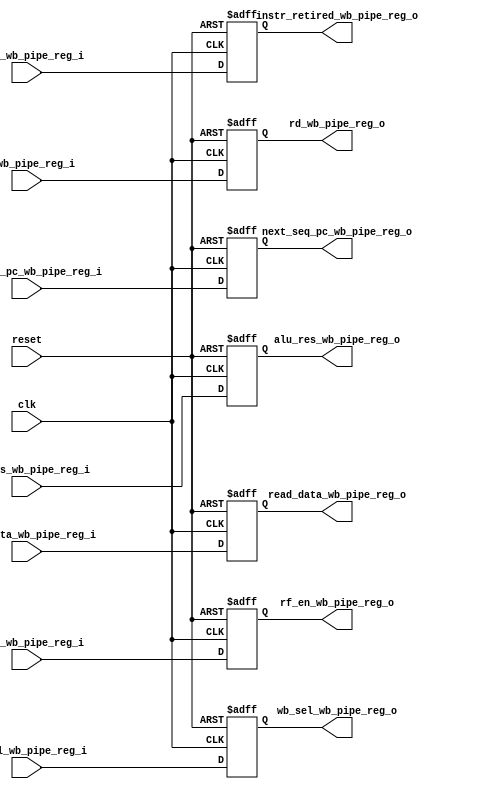
module wb_pipe_reg
    (
        input   wire        clk,
        input   wire        reset,
        // Inputs from the mem stage
        input   wire        valid_wb_pipe_reg_i,
        input   wire        rf_en_wb_pipe_reg_i,
        input   wire[1:0]   wb_sel_wb_pipe_reg_i,
        input   wire[4:0]   rd_wb_pipe_reg_i,
        input   wire[31:0]  alu_res_wb_pipe_reg_i,
        input   wire[31:0]  read_data_wb_pipe_reg_i,
        input   wire[31:0]  next_seq_pc_wb_pipe_reg_i,
        // Register outputs
        output  wire        instr_retired_wb_pipe_reg_o,
        output  wire        rf_en_wb_pipe_reg_o,
        output  wire[1:0]   wb_sel_wb_pipe_reg_o,
        output  wire[4:0]   rd_wb_pipe_reg_o,
        output  wire[31:0]  alu_res_wb_pipe_reg_o,
        output  wire[31:0]  read_data_wb_pipe_reg_o,
        output  wire[31:0]  next_seq_pc_wb_pipe_reg_o
    );

    reg        rf_en_wb_pipe_reg;
    reg[1:0]   wb_sel_wb_pipe_reg;
    reg        instr_retired_wb_pipe_reg;
    reg[4:0]   rd_wb_pipe_reg;
    reg[31:0]  alu_res_wb_pipe_reg;
    reg[31:0]  read_data_wb_pipe_reg;
    reg[31:0]  next_seq_pc_wb_pipe_reg;

    assign rf_en_wb_pipe_reg_o          =  rf_en_wb_pipe_reg;
    assign wb_sel_wb_pipe_reg_o         =  wb_sel_wb_pipe_reg;
    assign instr_retired_wb_pipe_reg_o  =  instr_retired_wb_pipe_reg;
    assign rd_wb_pipe_reg_o             =  rd_wb_pipe_reg;
    assign alu_res_wb_pipe_reg_o        =  alu_res_wb_pipe_reg;
    assign read_data_wb_pipe_reg_o      =  read_data_wb_pipe_reg;
    assign next_seq_pc_wb_pipe_reg_o    =  next_seq_pc_wb_pipe_reg;

    always @(posedge clk or posedge reset)
    if (reset)
    begin
        rf_en_wb_pipe_reg          <=  0;
        wb_sel_wb_pipe_reg         <=  0;
        rd_wb_pipe_reg             <=  0;
        alu_res_wb_pipe_reg        <=  0;
        read_data_wb_pipe_reg      <=  0;
        instr_retired_wb_pipe_reg  <=  0;
        next_seq_pc_wb_pipe_reg    <=  0;
    end
    else
    begin
        rf_en_wb_pipe_reg          <=  rf_en_wb_pipe_reg_i;
        wb_sel_wb_pipe_reg         <=  wb_sel_wb_pipe_reg_i;
        rd_wb_pipe_reg             <=  rd_wb_pipe_reg_i;
        alu_res_wb_pipe_reg        <=  alu_res_wb_pipe_reg_i;
        read_data_wb_pipe_reg      <=  read_data_wb_pipe_reg_i;
        instr_retired_wb_pipe_reg  <=  valid_wb_pipe_reg_i;
        next_seq_pc_wb_pipe_reg    <=  next_seq_pc_wb_pipe_reg_i;
    end

endmodule